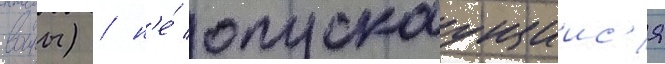
воины) / н'е́ опускаущиис'я